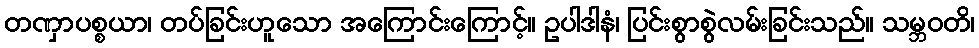
တဏှာပစ္စယာ၊ တပ်ခြင်းဟူသော အကြောင်းကြောင့်။ ဥပါဒါနံ၊ ပြင်းစွာစွဲလမ်းခြင်းသည်။ သမ္ဘဝတိ၊